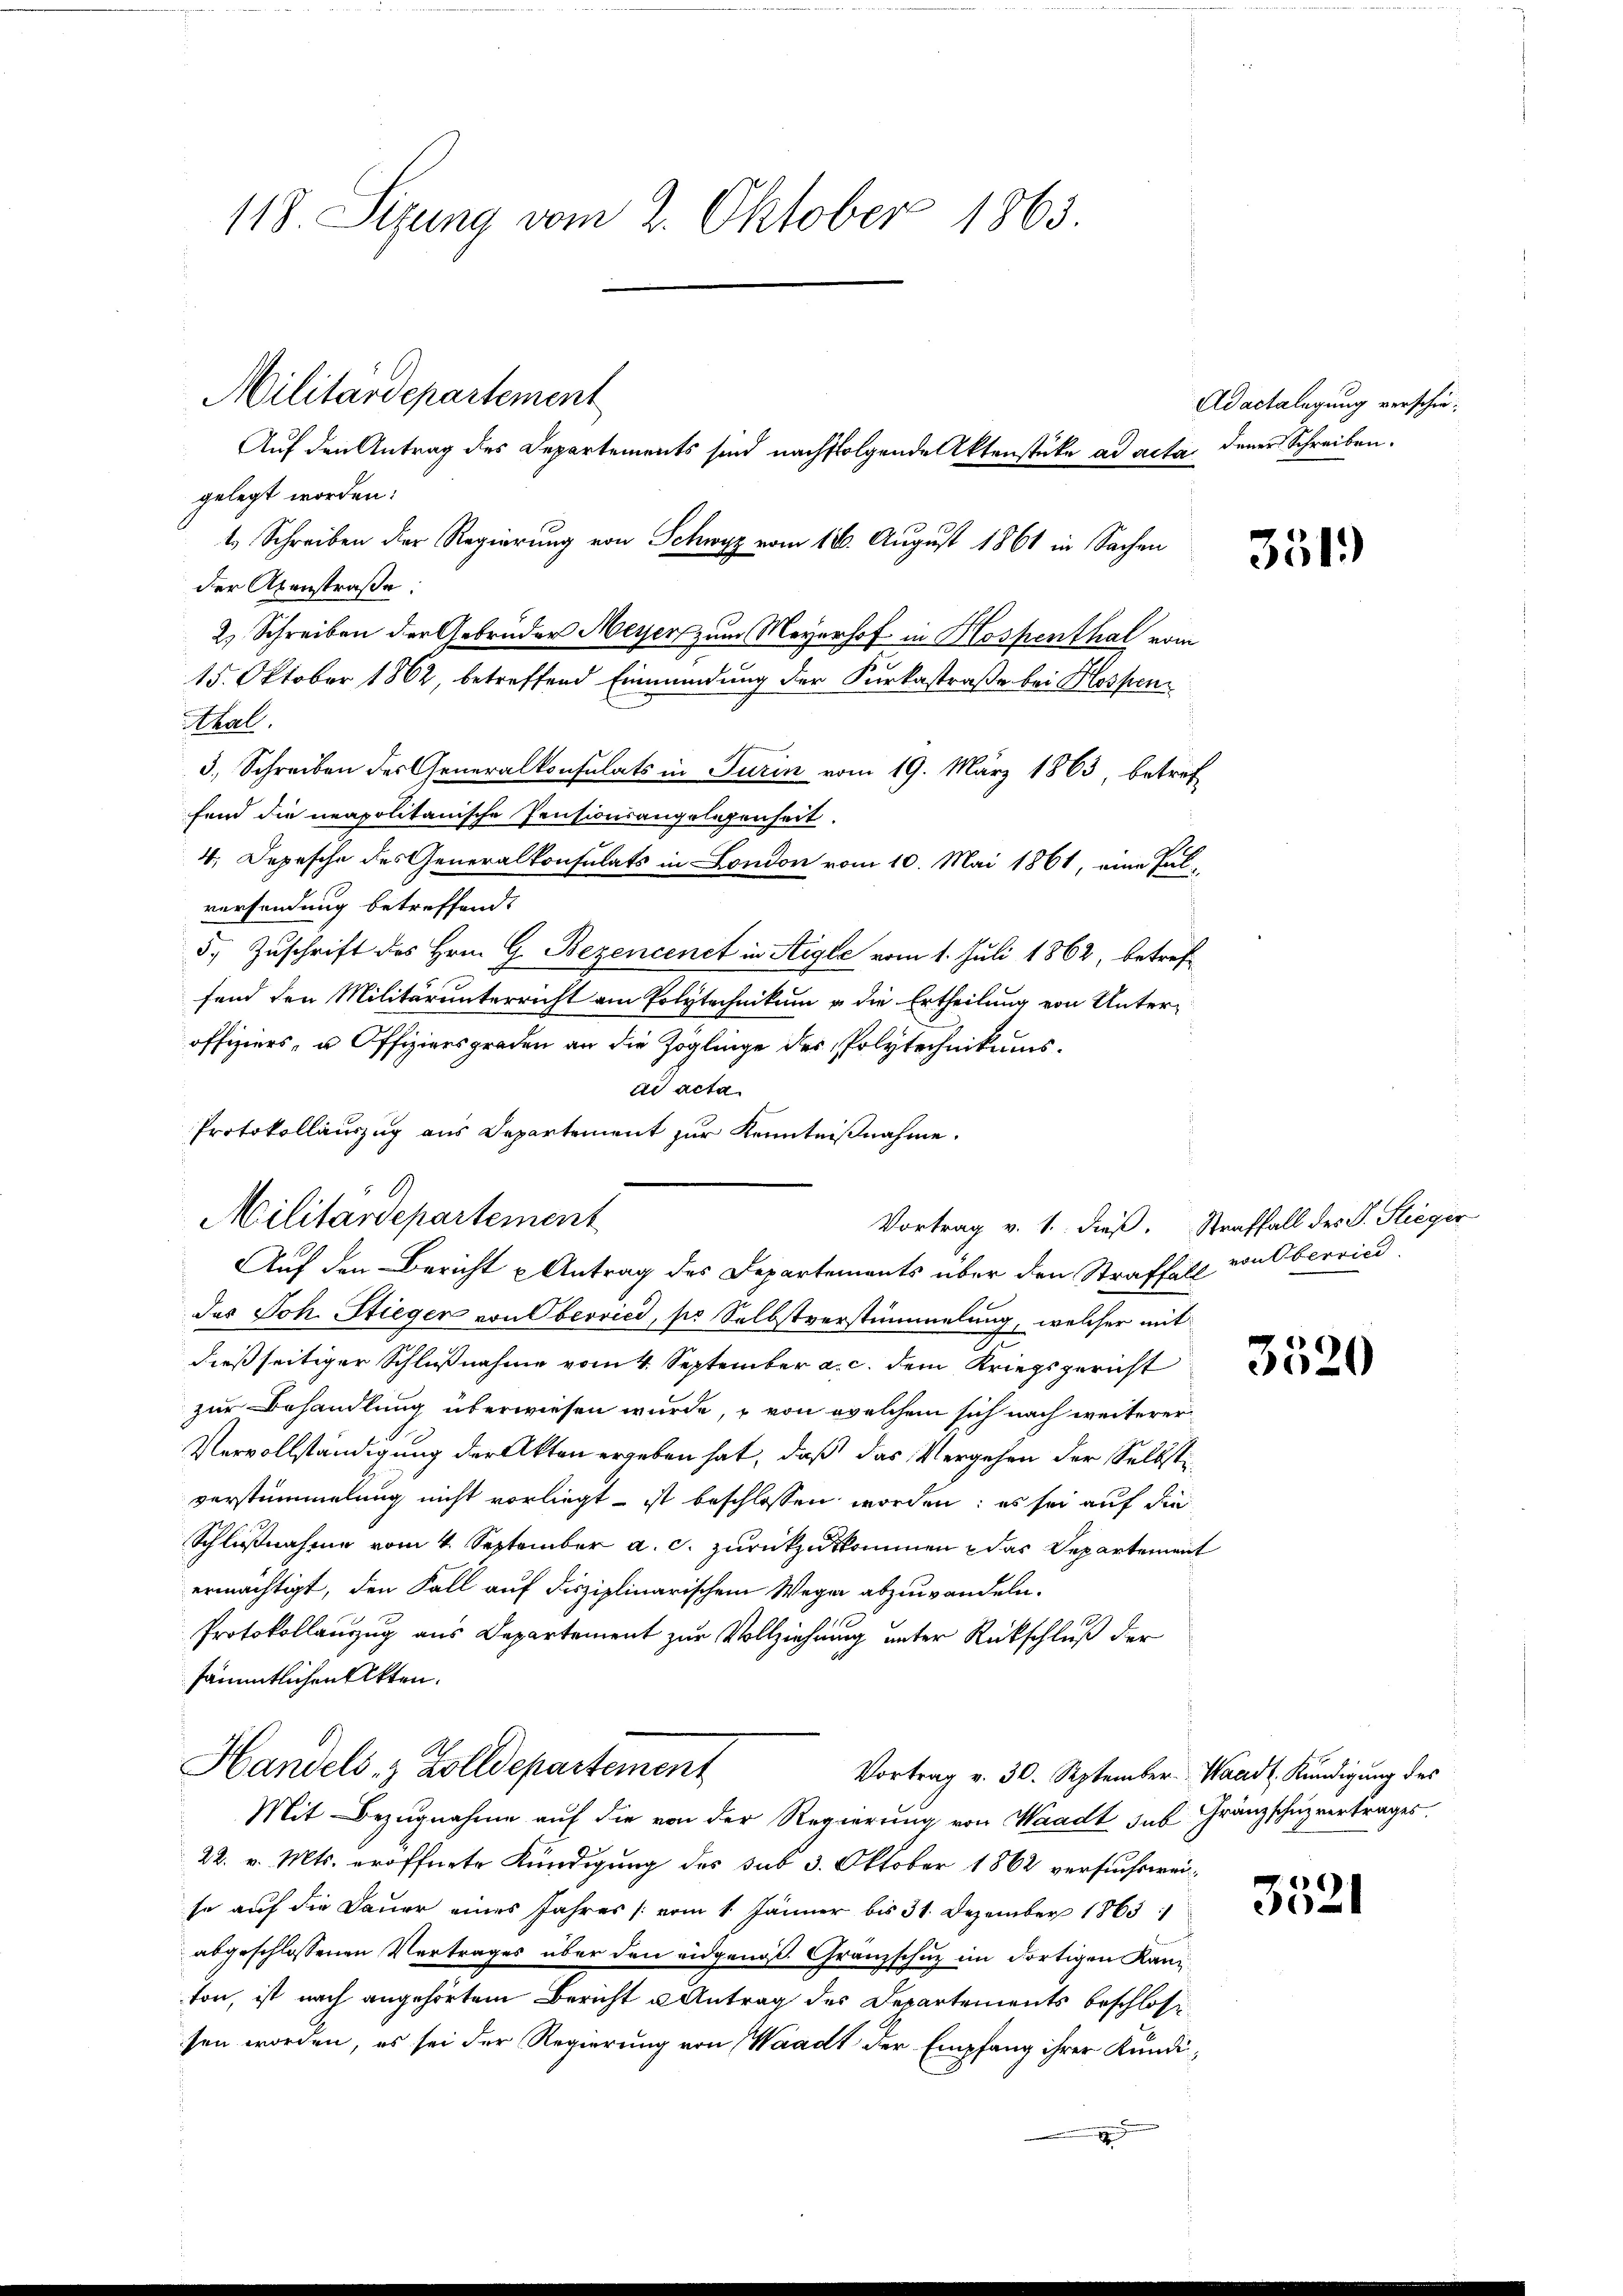
118. Sizung vom 2. Oktober 1863.

gelegt worden:
der Abenstraße:
Ahal.
fend die neapolitanische Pensionsangelegenheit.
versendung betreffend.
5.) Zuschrift des Hrn. G. Bezencenet in Aigle vom 1. Juli 1862, betreffend den Militärunterricht am Polytechnikum u. die Ertheilung von Unteroffiziers, u. Offiziersgraden an die Zöglinge des Polytechnikumsad acta
Protokollauszug aus Departement zur Kenntnißnahme.
Militärdepartement
Auf den Bericht u Antrag des Departements über den Straffall von Oberried
des Joh. Stieger von Oberried, so Selbstverstümmelung, welcher mit
dießseitiger Schlußnahme vom 4. September a. c. dem Kriegsgericht
zur Behandlung überwiesen wurde, – von welchem sich nach weiterer
Vervollständigung der Akten ergeben hat, daß das Vergehen der Selbst
verstümmelung nicht vorliegt ist beschlossen worden; es sei auf die
Schlußnahme vom 4. September a. c. zurückzuskommen & das Departement
ermächtigt, den Fall auf disziplinarischem Wegen abzuwandeln.
Protokollanzug aus Departement zur Vollziehung unter Rückschluß der
sämmtlichen Akten.
Handels- & Zolldepartement
Vortrag v. 30. September Waadt. Kündigung des
Mit Bezugnahme auf die von der Regierung von Waadt sub Gränzschuzvertrages
22. v. Mts. eröffnete Kündigung des sub 3. Oktober 1862 versuchsweise auf die Dauer eines Jahres (vom 1. Jänner bis 31. Dezember 1865.
abgeschlossenen Vertrages über den eidgenoß. Granzschuz im dortigen Kaniton, ist nach angehörtem Bericht u Antrag des Departements beschlossen worden, es sei der Regierung von Waadt der Empfang ihrer Kundi¬

Militärdepartement

Auf den Antrag des Departements sind nachfolgende Aktenstücke ad acta, dener Schreiben.
1 Schreiben der Regierung von Schwyz vom 16. August 1861 in Sachen
2) Schreiben der Gebrüder Meyer zum Meyerhof in Hospenthal vom
15. Oktober 1862, betreffend Einmündung der Furkastraße bei Klossen
3., Schreiben des Generalkonsulats in Turin vom 19. März 1863 betref
4., Depesche des Generalkonsulats in London vom 10. Mai 1861, eine Pul¬

Adactalegung verschie¬

351.

Vortrag v. 1. dieß. Straffall des S. Stieger

3520

3521